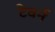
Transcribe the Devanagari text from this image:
टेवर्न